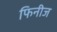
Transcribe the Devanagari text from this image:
फिनीज